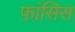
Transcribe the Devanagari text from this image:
फ़ांसिस